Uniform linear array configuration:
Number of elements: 16
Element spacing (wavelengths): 0.25
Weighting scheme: kaiser
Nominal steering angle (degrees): -45
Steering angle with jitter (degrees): -45.967
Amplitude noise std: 0.05
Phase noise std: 0.05

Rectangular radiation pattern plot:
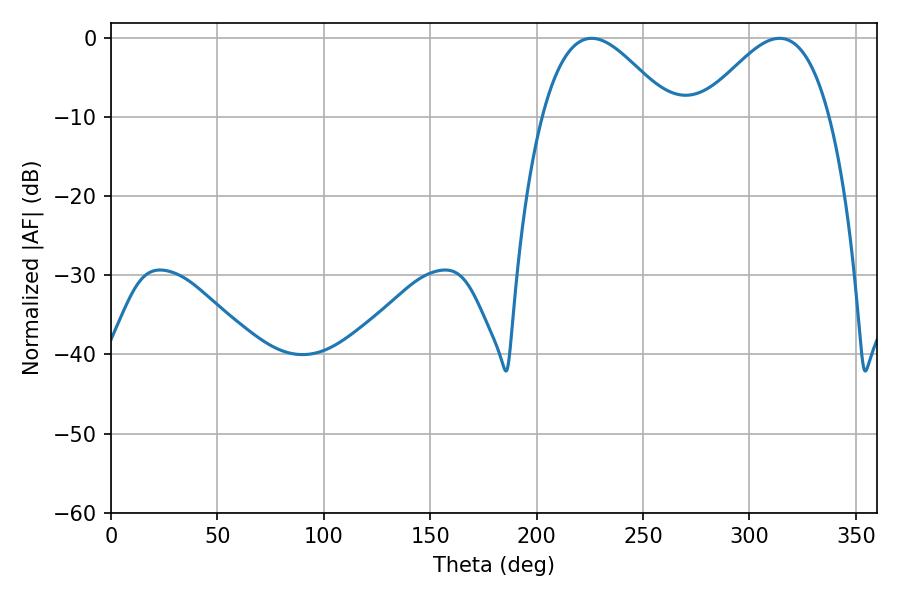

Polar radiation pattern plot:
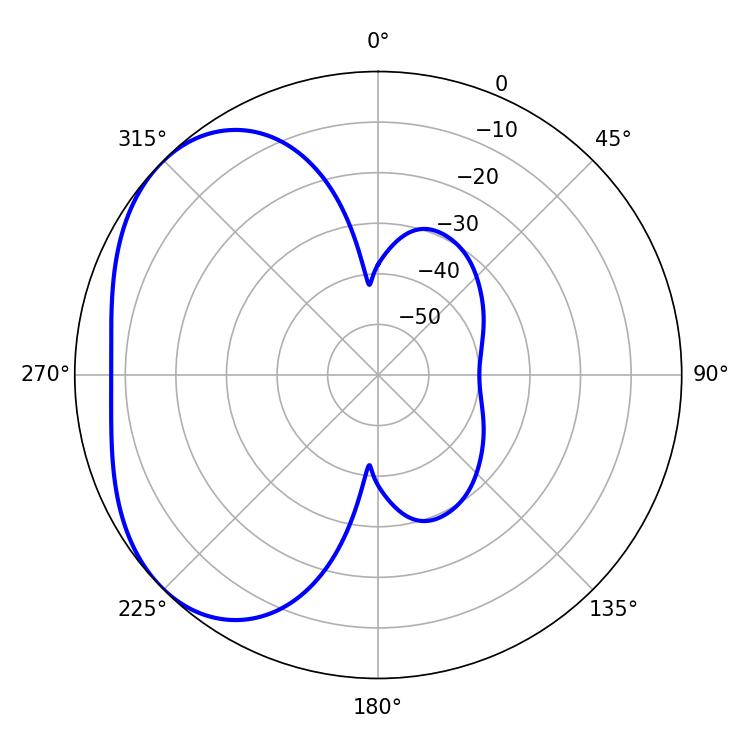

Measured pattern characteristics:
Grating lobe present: FALSE
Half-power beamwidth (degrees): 32.58
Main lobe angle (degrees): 225.9